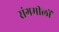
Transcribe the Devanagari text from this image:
संगमीलों